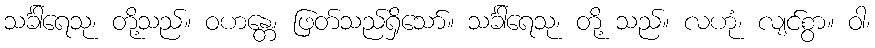
သင်္ခါရေသု၊ တို့သည်။ ဝဟန္တေ၊ ဖြတ်သည်ရှိသော်။ သင်္ခါရေသု၊ တို့ သည်။ လဟုံ၊ လျင်စွာ။ ဝါ၊